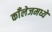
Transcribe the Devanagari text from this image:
काँलेजमध्ये